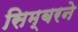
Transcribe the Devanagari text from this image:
सिम्बरने